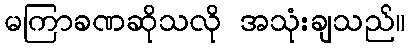
မကြာခဏဆိုသလို အသုံးချသည်။